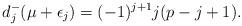
LaTeX: \begin{align*}d_{j}^-(\mu+\epsilon_j)=(-1)^{j+1}j(p-j+1).\end{align*}